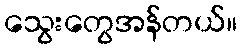
သွေးတွေအန်တယ်။